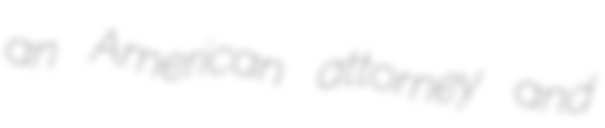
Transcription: an American attorney and